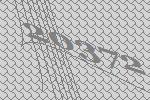
20372